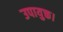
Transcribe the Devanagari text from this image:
उपायुक्त।